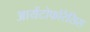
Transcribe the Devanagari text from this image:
आयेंटोफोरैसिस